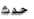
حدث